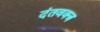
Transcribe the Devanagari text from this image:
दंतवक्त्र